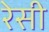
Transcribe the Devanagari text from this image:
रेसी